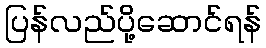
ပြန်လည်ပို့ဆောင်ရန်